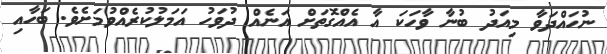
ނުހައްދަވާ މިއަދު ބުނާ ވާހަކަ އާ އެއްގޮތަށް އަނެއް ދުވަހު އަމަލުކުރެއްވުމަށެވެ. ބަހާއި